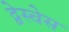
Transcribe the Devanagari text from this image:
द्वेस्चेस